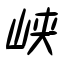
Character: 峡